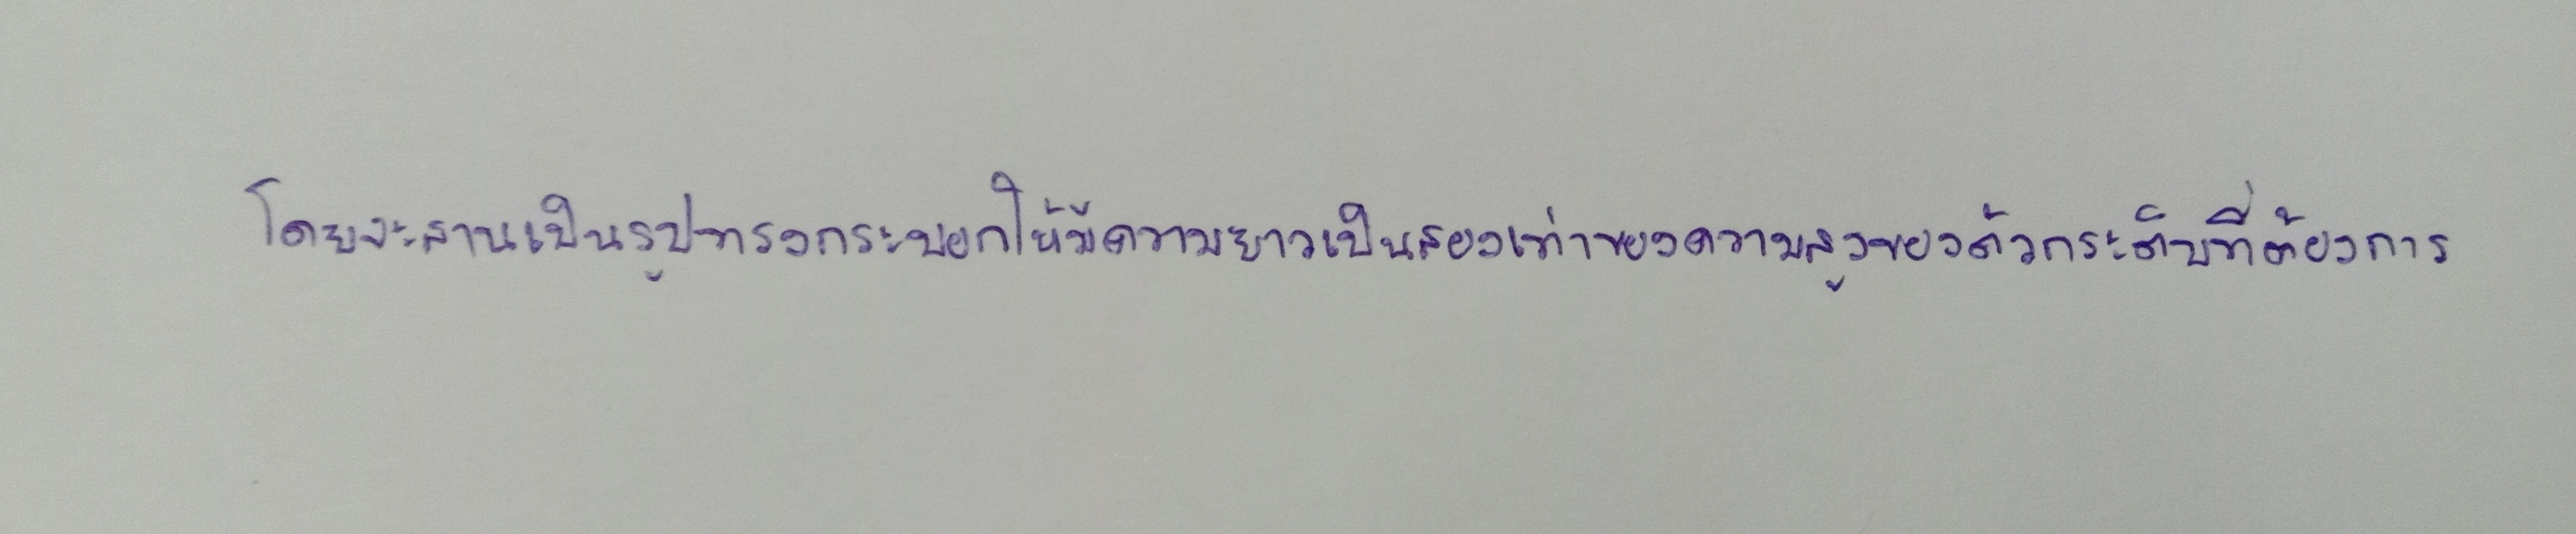
โดยจะสานเป็นรูปทรงกระบอกให้มีความยาวเป็นสองเท่าของความสูงของตัวกระติบที่ต้องการ